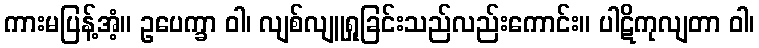
ကားမပြန့်အံ့။ ဥပေက္ခာ ဝါ၊ လျစ်လျူရှုခြင်းသည်လည်းကောင်း။ ပါဋိကုလျတာ ဝါ၊